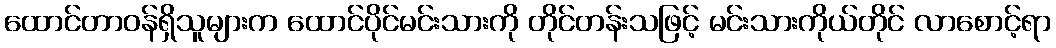
ထောင်တာဝန်ရှိသူများက ထောင်ပိုင်မင်းသားကို တိုင်တန်းသဖြင့် မင်းသားကိုယ်တိုင် လာစောင့်ရာ